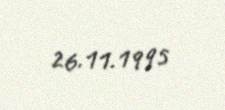
26.11.1995